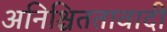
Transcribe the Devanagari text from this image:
अनिश्चिततावादी